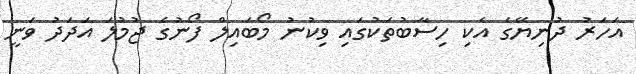
އަހަރު ދުނިޔޭގެ އެކި ހިސާބުތަކުގައި ވިކުނު މޯބައިލް ފޯނުގެ ޖުމުލަ އަދަދު ވަނީ